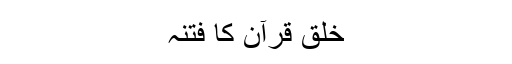
خلقِ قرآن کا فتنہ